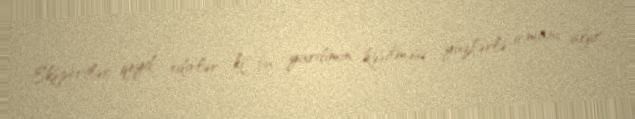
Ekspertlər qeyd edirlər ki, bu yardımın kəsilməsi yüzlərlə icmanı ağır